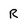
Character: R